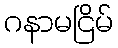
ဂနာမငြိမ်